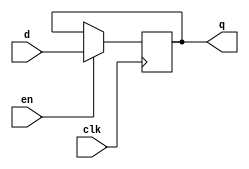
module dflipflop1
(
  input clk,   // clock
  input en,    // enable
  input d,     // input
  output reg q // output
);
  always @(posedge clk) begin
    if (en) begin
      q <= d;
    end
  end
endmodule

module dflipflop8
(
  input clk,        // clock
  input en,         // enable
  input[7:0] d,     // input
  output reg[7:0] q // output
);
  always @(posedge clk) begin
    if (en) begin
      q <= d;
    end
  end
endmodule